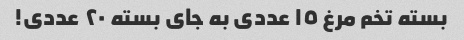
بسته تخم مرغ ١٥ عددی به جای بسته ٢٠ عددی!